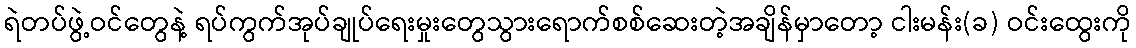
ရဲတပ်ဖွဲ့ဝင်တွေနဲ့ ရပ်ကွက်အုပ်ချုပ်ရေးမှုးတွေသွားရောက်စစ်ဆေးတဲ့အချိန်မှာတော့ ငါးမန်း(ခ) ဝင်းထွေးကို